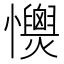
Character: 𢥡